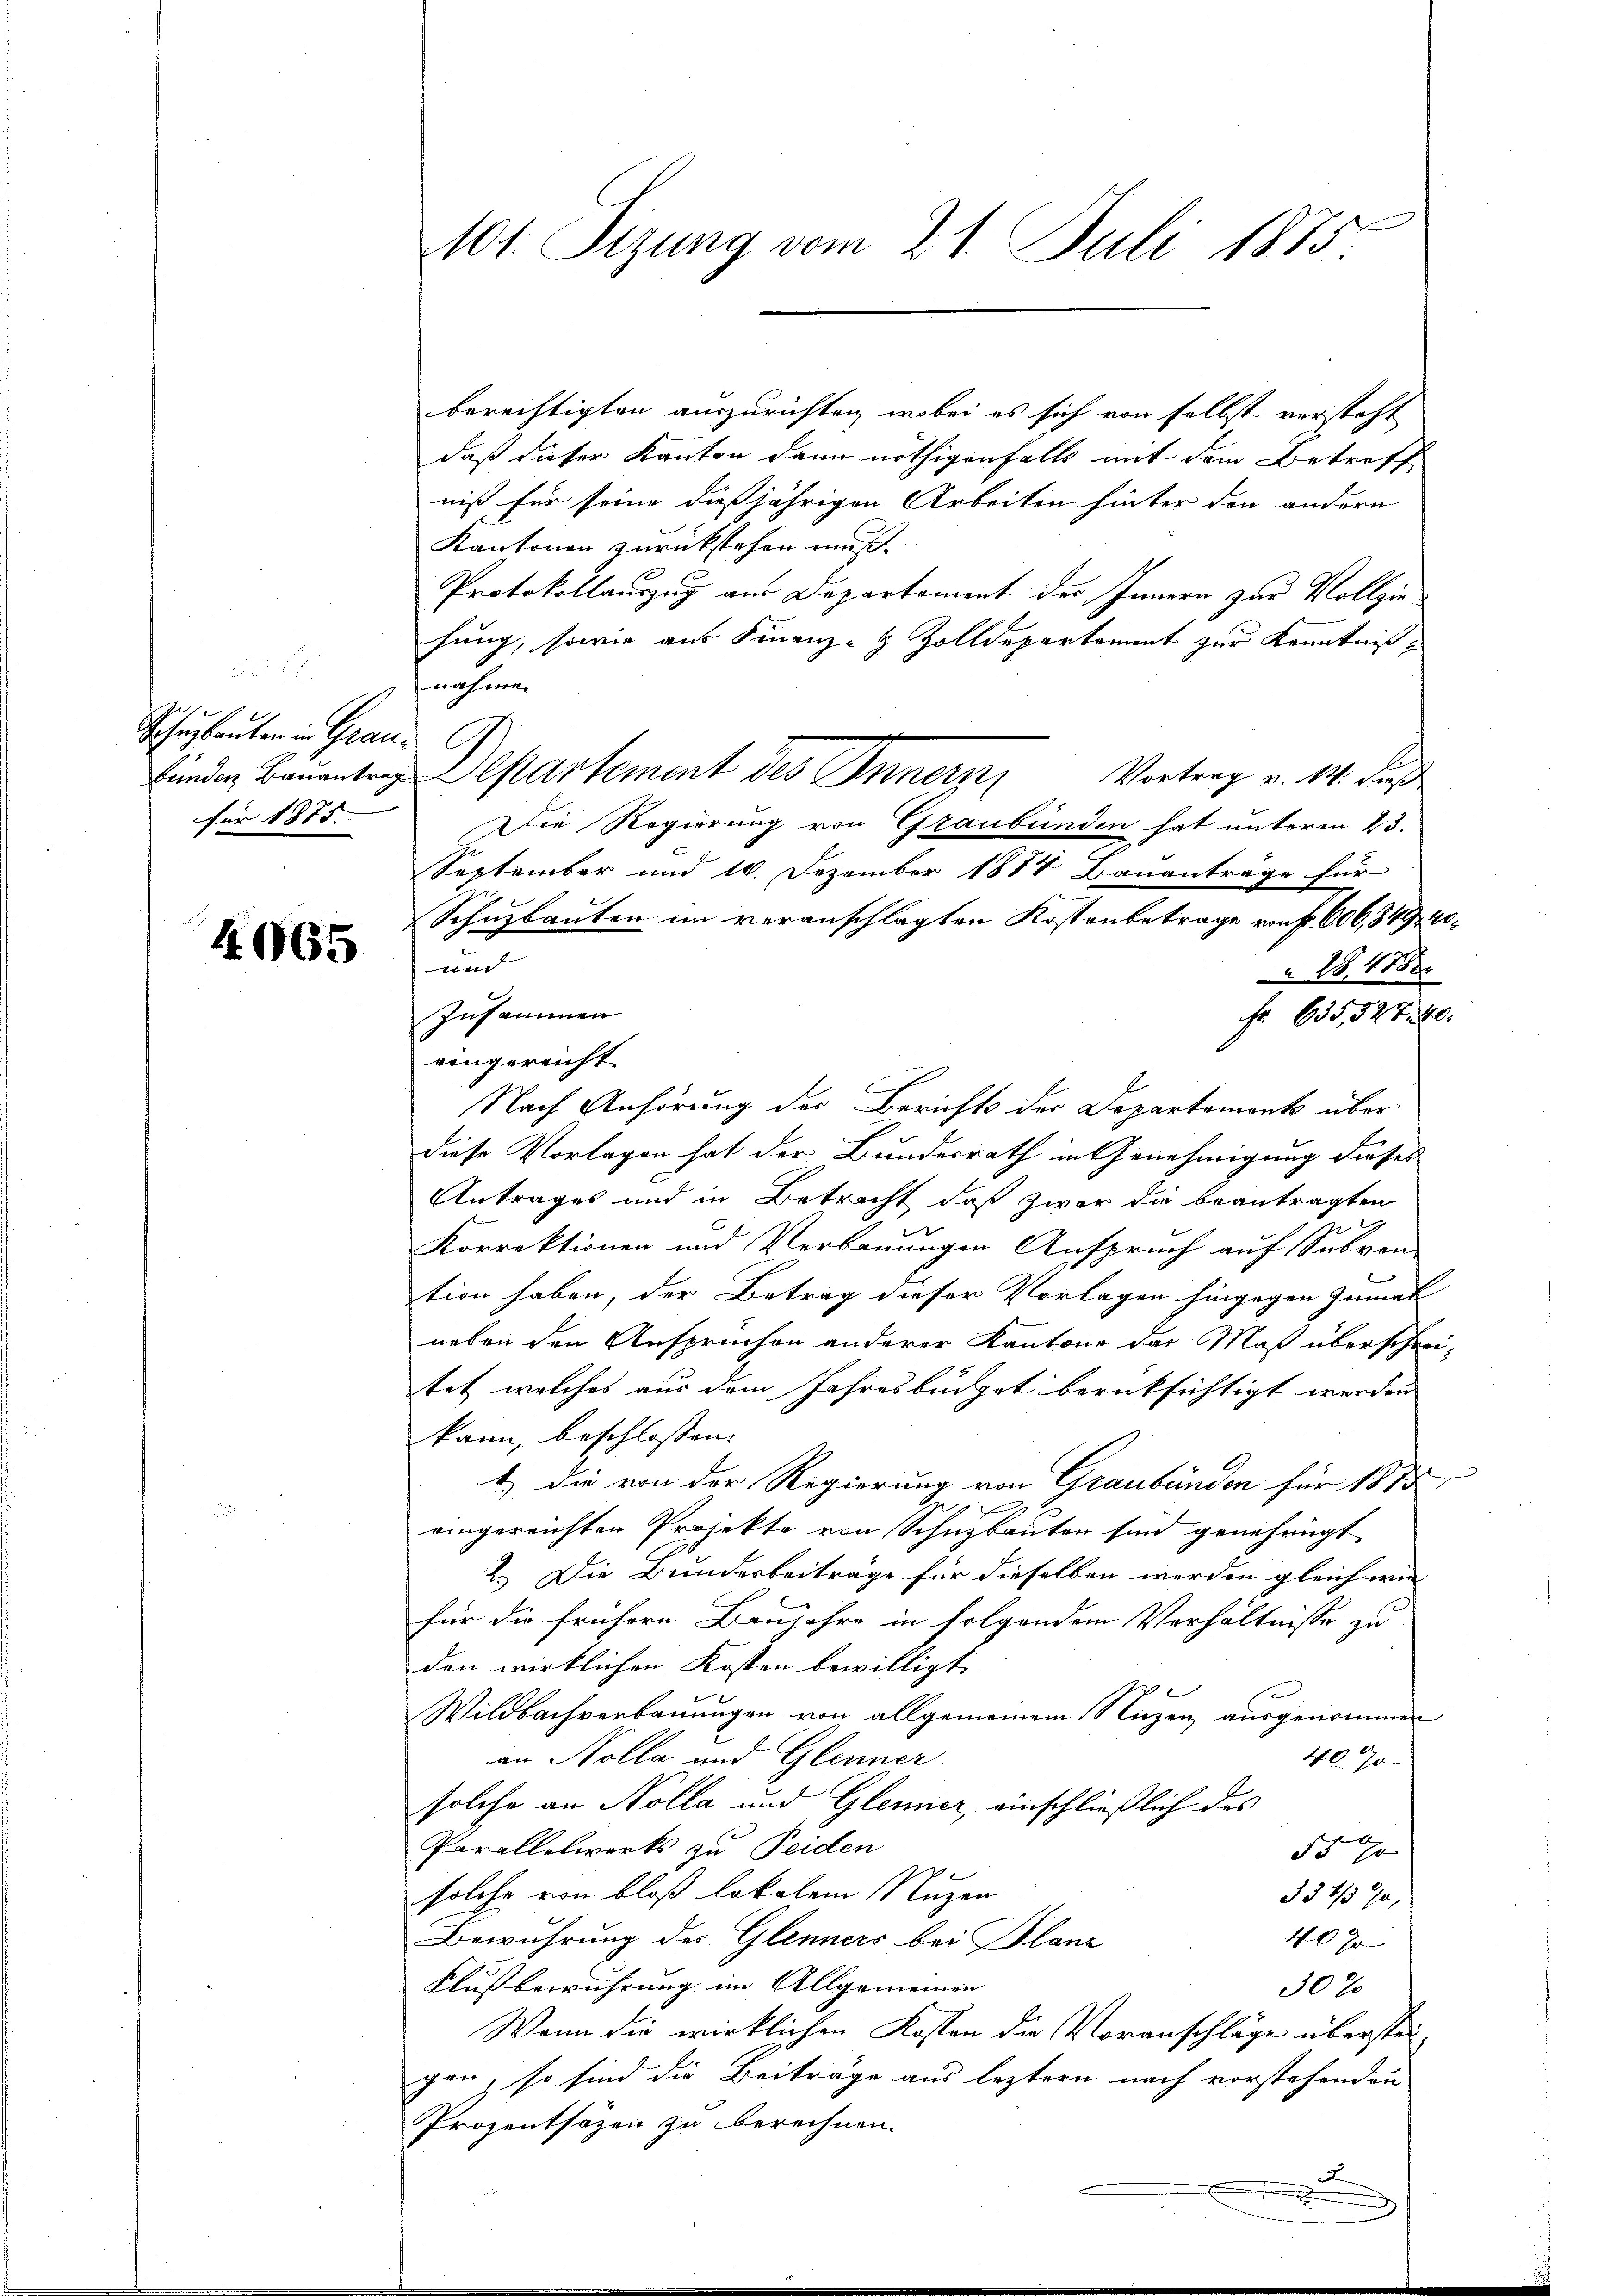
Schulanten in Grand
für 1875.

4065

berechtigten auszurichten, wobei es sich von selbst versteht
daß dieser Kanton dann nöthigenfalls mit dem Betreff
niß für seine dießjährigen Arbeiten hinter den andern
Kantonen zurückstehen muß.
Protokollauszug aus Departement des Innern zur Vollzie
sung, sowie aus Finanz-Z Zolldepartement zur Kenntnißnahme.
Vortrag v. M. dieß
Die Regierung von Graubünden hat unterm 23.
September und 10. Dezember 1874 Bauanträge für
Schuzbauten im veranschlagten Kostenbetrage von fl. 606,84940.

284888
Zusammen
Fr. 635,52740.
eingereicht.
Nach Anhörung der Berichts der Departement über
diese Vorlagen hat der Bundesrath in Genehmigung dieses
Antrages und in Betracht, daß zwar die beantragten
t
Korrektionen und Verbauungen Anspruch auf Subven-
tion haben, der Betrag dieser Vorlagen hingegen zumal
neben den Anspruchen anderer Kantone das Maß überschrei-
tet welches aus dem Jahresbüdget berücksichtigt werden
kann, beschlossen:
1.) Die von der Regierung von Graubünden für 1875
eingereichten Projekte von Schuzbauten sind genehmigt
2.) Die Bundesbeitrage für dieselben werden gleich wie
für die frühere Baujahre in folgendem Verhältnisse zu
den wirklichen Kosten bewilligt.
6
Wildbachverbauungen von allgemeinem Nuzen ausgenommen
4070
an Nolla und Glenner
solche an Nolla und Glenner, einschließlich des
Parallelwerks zu Seiden
55. 70
solche von bloß lokalem Nuzen
334/5 90
40 J
Bewuhrung des Glenners bei Planz
Flußbewuhrung im Allgemeinen |
30 x
Wenn die wirklichen Kosten die Voranschläge übersteigen, so sind die Beiträge aus leztern nach vorstehenden
Prozentsäzen zu berechnen.
.

1101. Sizung vom 21. Juli 1875

finden Baŭentrepartement des Innern